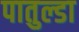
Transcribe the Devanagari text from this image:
पातुल्डा